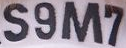
S9M7